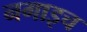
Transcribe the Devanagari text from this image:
नगाइच